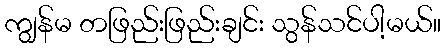
ကျွန်မ တဖြည်းဖြည်းချင်း သွန်သင်ပါ့မယ်။